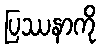
ပြဿနာကို